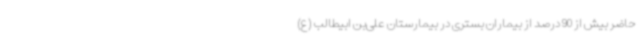
حاضر بیش از 90 درصد از بیماران بستری در بیمارستان علی‌بن ابیطالب (ع)